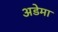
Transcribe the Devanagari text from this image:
अडेमा